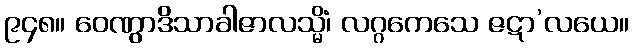
၉၄၈။ ဝေဏွာဒိသာခါဇာလသ္မိံ၊ လဂ္ဂကေသေ ဇဋာ’လယေ။